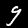
Label: 9